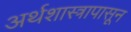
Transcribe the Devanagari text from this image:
अर्थशास्त्रापासून